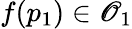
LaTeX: f(p_{1})\in\mathscr{O}_{1}